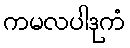
ကမလပါဒုကံ